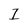
Character: I